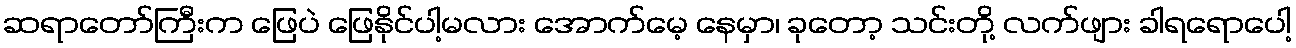
ဆရာတော်ကြီးက ဖြေပဲ ဖြေနိုင်ပါ့မလား အောက်မေ့ နေမှာ၊ ခုတော့ သင်းတို့ လက်ဖျား ခါရရောပေါ့